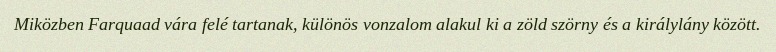
Miközben Farquaad vára felé tartanak, különös vonzalom alakul ki a zöld szörny és a királylány között.